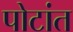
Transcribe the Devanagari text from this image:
पोटांत